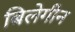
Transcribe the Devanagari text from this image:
बिलेगीन